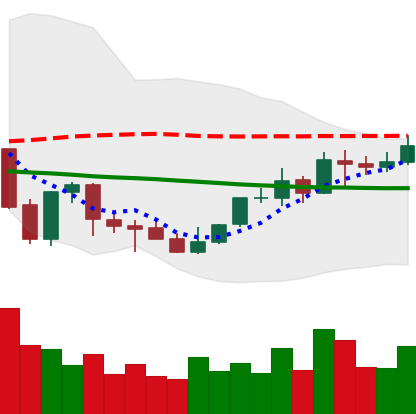
Ticker: NEO-USD
Chart end date: 2021-10-09
Forward return: -7.558%
Label: down_7plus